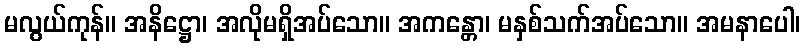
မလွယ်ကုန်။ အနိဋ္ဌော၊ အလိုမရှိအပ်သော။ အကန္တော၊ မနှစ်သက်အပ်သော။ အမနာပေါ၊